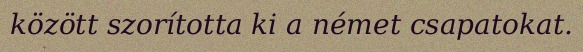
között szorította ki a német csapatokat.